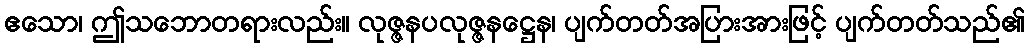
ဧသော၊ ဤသဘောတရားလည်း။ လုဇ္ဇနပလုဇ္ဇနဋ္ဌေန၊ ပျက်တတ်အပြားအားဖြင့် ပျက်တတ်သည်၏